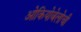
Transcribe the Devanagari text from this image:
ओकियोबेलोची